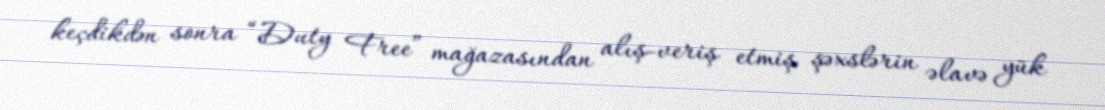
keçdikdən sonra “Duty Free” mağazasından alış-veriş etmiş şəxslərin əlavə yük